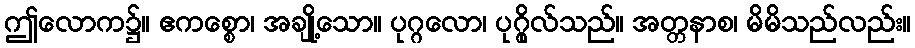
ဤလောက၌။ ဧကစ္စော၊ အချို့သော။ ပုဂ္ဂလော၊ ပုဂ္ဂိုလ်သည်။ အတ္တနာစ၊ မိမိသည်လည်း။